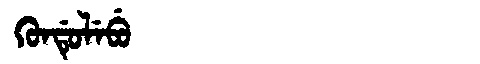
Manchu: ᡴᡠᠨᡩᡠᠯᡝᠪᡠ
Romanization: KUNDULEBU